Report on the working of the Ranchi Indian Mental Hospital, Kanke, in Bihar and Orissa - 1930-1940
Year: 1930
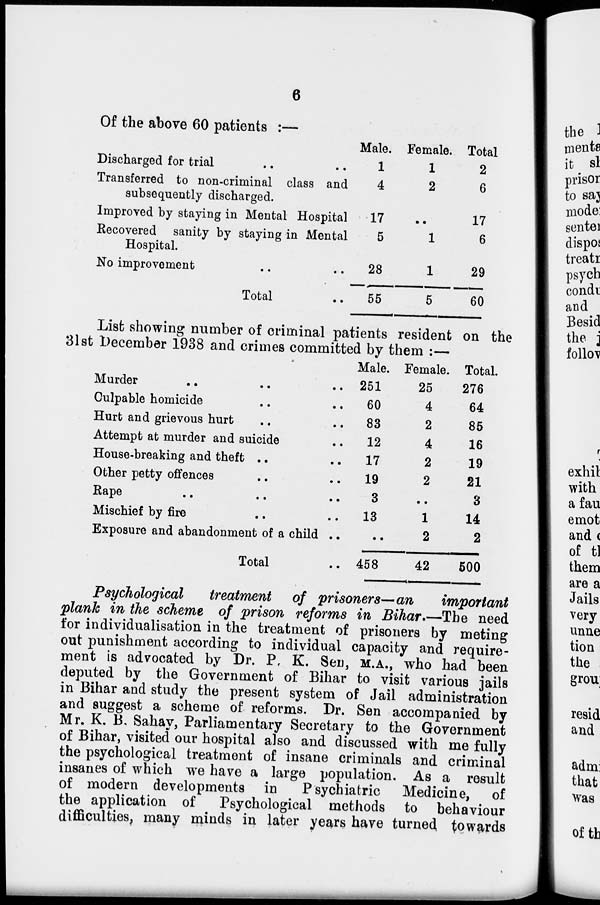
6
Of the above 60 patients :—
Discharged for trial
Transferred to non-criminal class and
subsequently discharged.
Improved by staying in Mental Hospital
Recovered sanity by staying in Mental
Hospital.
No improvement .. ..
Total ..
Male.
1
4
17
5
28
55
Female.
1
2
..
1
1
5
Total
2
6
17
6
29
60
List showing number of criminal patients resident on the
31st December 1938 and crimes committed by them :—
Murder
..
.. ..
Culpable homicide .. ..
Hurt and grievous hurt .. ..
Attempt at murder and suicide ..
House-breaking and theft .. ..
Other petty offences .. .. ..
Rape
..
..
..
Mischief by fire .. ..
Exposure and abandonment of a child ..
Total ..
Male.
251
60
83
12
17
19
3
13
..
458
Female.
25
4
2
4
2
2
..
1
2
42
Total.
276
64
85
16
19
21
3
14
2
500
Psychological treatment of prisoners—an important
plank in the scheme of prison reforms in Bihar.—The need
for individualisation in the treatment of prisoners by meting
out punishment according to individual capacity and require-
ment is advocated by Dr. P. K. Sen, M.A., who had been
deputed by the Government of Bihar to visit various jails
in Bihar and study the present system of Jail administration
and suggest a scheme of reforms. Dr. Sen accompanied by
Mr. K. B. Sahay, Parliamentary Secretary to the Government
of Bihar, visited our hospital also and discussed with me fully
the psychological treatment of insane criminals and criminal
insanes of which we have a large population. As a result
of modern developments in Psychiatric Medicine, of
the application of Psychological methods to behaviour
difficulties, many minds in later years have turned towards